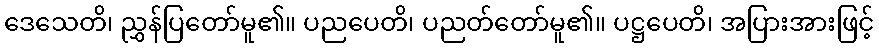
ဒေသေတိ၊ ညွှန်ပြတော်မူ၏။ ပညပေတိ၊ ပညတ်တော်မူ၏။ ပဋ္ဌပေတိ၊ အပြားအားဖြင့်